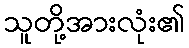
သူတို့အားလုံး၏